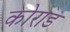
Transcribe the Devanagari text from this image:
कोराड